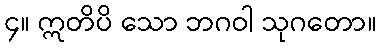
၄။ ဣတိပိ သော ဘဂဝါ သုဂတော။